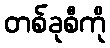
တစ်ခုစီကို